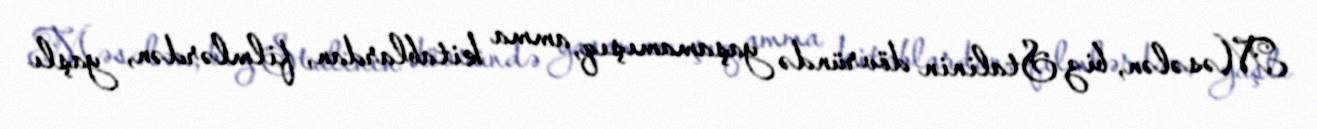
Məsələn, biz Stalinin dövründə yaşamamışıq, amma kitablardan, filmlərdən, yaşlı